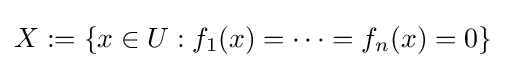
X:=\{x\in U:f_{1}(x)=\cdots =f_{n}(x)=0\}